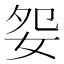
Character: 妴